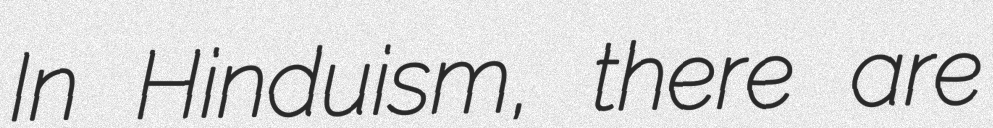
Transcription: In Hinduism, there are